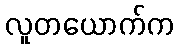
လူတယောက်က